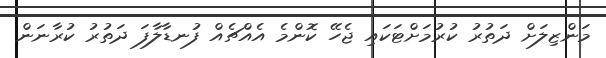
މަންޒިލަށް ދަތުރު ކުރުމަށްޓަކައި ޖެހޭ ކޮންމެ އެއްޗެއް ފުނޑާލާފަ ދަތުރު ކުރާނަން